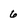
Character: 6